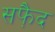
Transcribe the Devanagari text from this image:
सफै़द